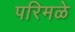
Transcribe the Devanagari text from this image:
परिमळे